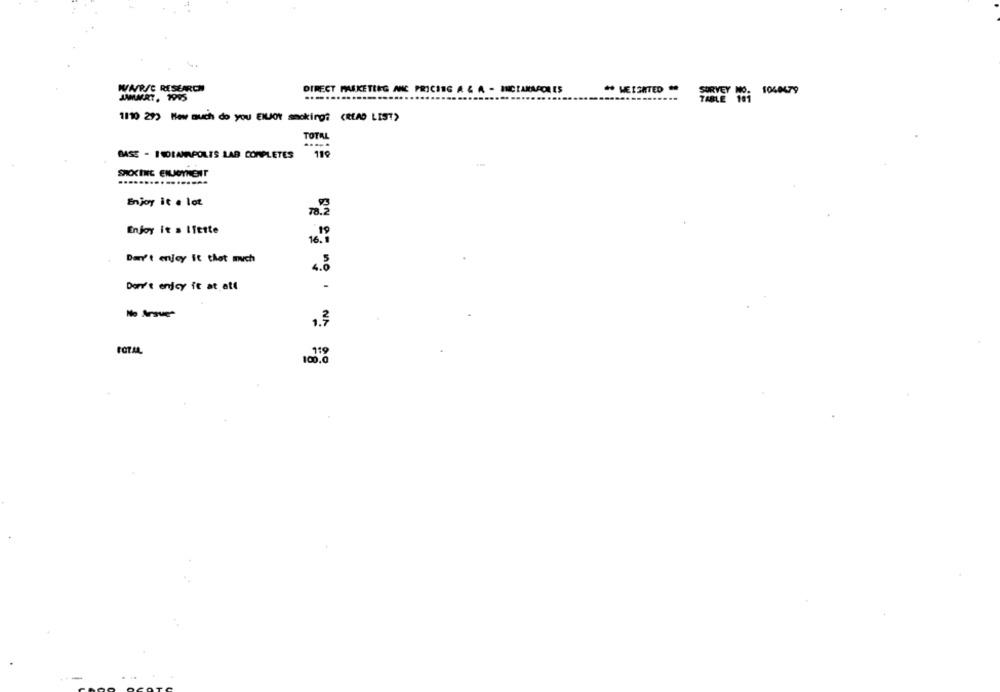
WARSC RESEARCH
DIRECT MARKETING ANC PRICING A & A - INCIARAACLES
** WEISATED **
JAMMERT, 1995
1110 29) How much do you ENJOY smoking? (READ LIST)
TOTAL
BASE - INDIANAPOLIS LAB COMPLETES 119
Enjoy it . lot
Enjoy it a Ifette
Dav't enjoy it that much
Dorv't enjcy ft at att
No Arsue-
1.3
100.0